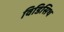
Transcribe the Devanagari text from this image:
विडिसिथ